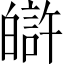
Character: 𤾟